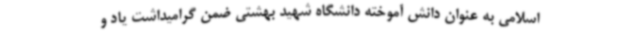
اسلامی به عنوان دانش آموخته دانشگاه شهید بهشتی ضمن گرامیداشت یاد و